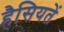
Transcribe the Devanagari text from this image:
हैसियतें